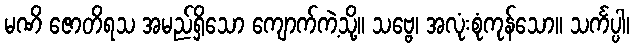
မဏိ ဇောတိရသ အမည်ရှိသော ကျောက်ကဲ့သို့။ သဗ္ဗေ၊ အလုံးစုံကုန်သော။ သင်္ကပ္ပါ၊